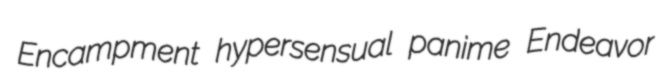
Encampment hypersensual panime Endeavor